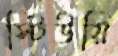
স্টিউয়ি